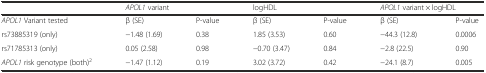
<table><thead><tr><td></td><td colspan="2"><b><i>APOL1</i> variant</b></td><td colspan="2"><b>logHDL</b></td><td colspan="2"><b><i>APOL1</i> variant × logHDL</b></td></tr></thead><tbody><tr><td><i>APOL1</i> Variant tested</td><td>β (SE)</td><td>P-value</td><td>β (SE)</td><td>P-value</td><td>β (SE)</td><td>P-value</td></tr><tr><td>rs73885319 (only)</td><td>−1.48 (1.69)</td><td>0.38</td><td>1.85 (3.53)</td><td>0.60</td><td>−44.3 (12.8)</td><td>0.0006</td></tr><tr><td>rs71785313 (only)</td><td>0.05 (2.58)</td><td>0.98</td><td>−0.70 (3.47)</td><td>0.84</td><td>−2.8 (22.5)</td><td>0.90</td></tr><tr><td><i>APOL1</i> risk genotype (both)<sup>2</sup></td><td>−1.47 (1.12)</td><td>0.19</td><td>3.02 (3.72)</td><td>0.42</td><td>−24.1 (8.7)</td><td>0.005</td></tr></tbody></table>